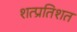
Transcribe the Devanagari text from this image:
शत्प्रतिशत